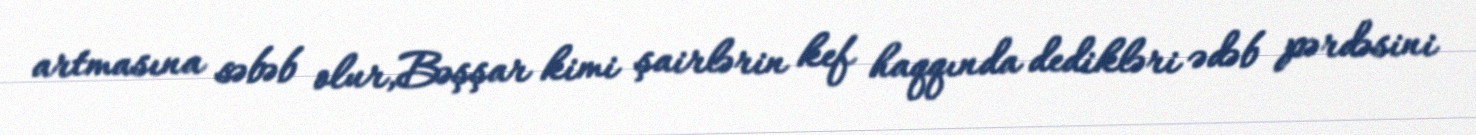
artmasına səbəb olur,Bəşşar kimi şairlərin kef haqqında dedikləri ədəb pərdəsini